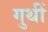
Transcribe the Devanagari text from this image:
गुथीं